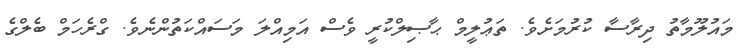
މައުލޫމާތު ދިރާސާ ކުރުމަށެވެ. ތަޢުލީމް ޙާޞިލްކުރީ ވެސް އަމިއްލަ މަސައްކަތުންނެވެ. ގްރެހަމް ބެލްގެ